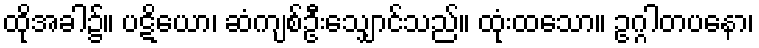
ထိုအခါ၌။ ပဋိယော၊ ဆံကျစ်ဦးသျှောင်သည်။ ထုံးထသော။ ဥဂ္ဂါတပနော၊